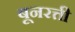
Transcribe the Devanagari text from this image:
बूनरत्ती